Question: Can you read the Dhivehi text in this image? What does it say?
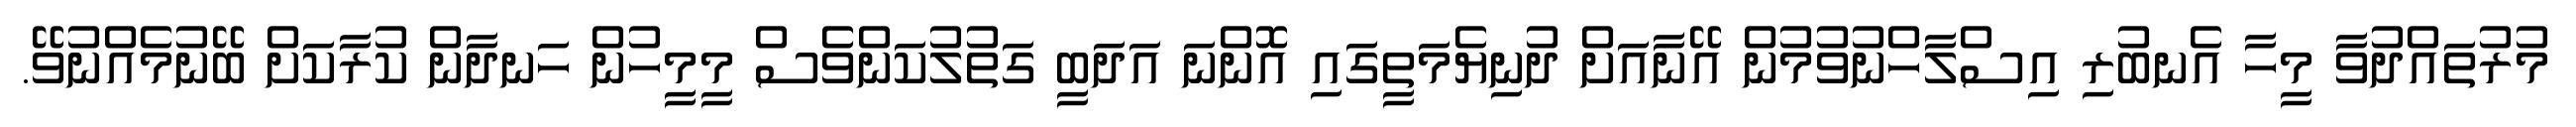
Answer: މުރުތައްދުވާ މީހާ އެނބުރި އިސްލާހްނުވުމުން އޭނާއަށް ދުނިޔެމަތީގައި އޮންނަ އަދަބީ ގަތުލުކަންވެސް މީމީހުން ހަނދާން ކުރާކަށް ބޭނުމެއްނުވޭ.